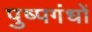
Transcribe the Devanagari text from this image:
पुष्पगंधों